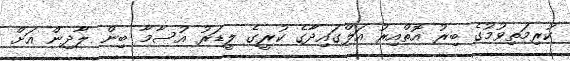
ކުރިމަތިވުމުގެ ބިރު އޮތްއިރު އަލްގައިދާގެ ކުރީގެ ލީޑަރު އުސާމާ ބިން ލާދިން އަށް